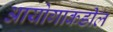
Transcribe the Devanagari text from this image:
आयोगाकडील